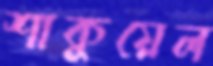
শাকুয়েল